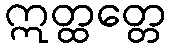
ဣတ္ထတ္တေ